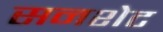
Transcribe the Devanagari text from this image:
सनशेट